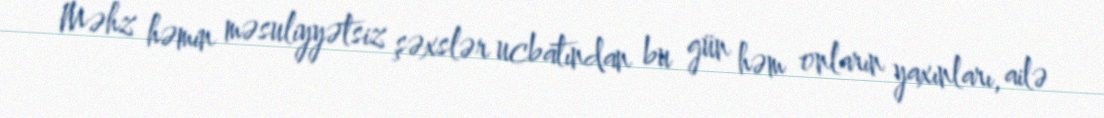
Məhz həmin məsuliyyətsiz şəxslər ucbatından bu gün həm onların yaxınları, ailə